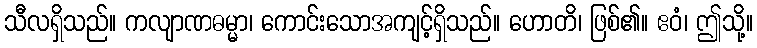
သီလရှိသည်။ ကလျာဏဓမ္မာ၊ ကောင်းသောအကျင့်ရှိသည်။ ဟောတိ၊ ဖြစ်၏။ ဧဝံ၊ ဤသို့။